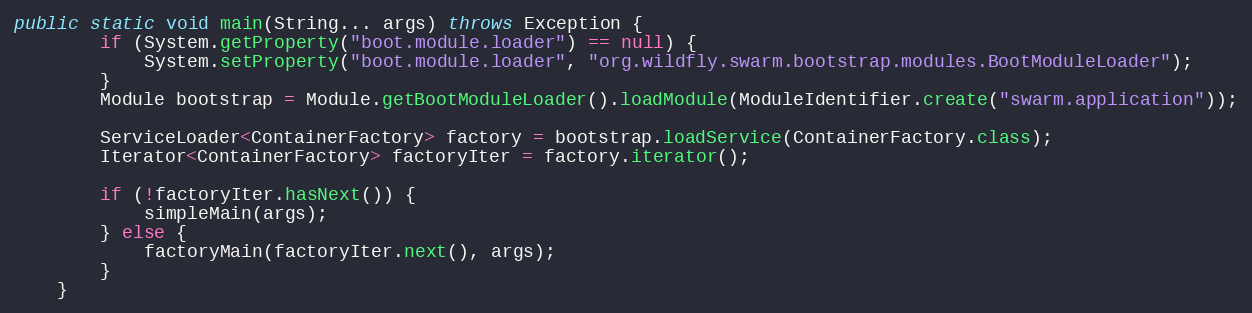
Language: Java
public static void main(String... args) throws Exception {
        if (System.getProperty("boot.module.loader") == null) {
            System.setProperty("boot.module.loader", "org.wildfly.swarm.bootstrap.modules.BootModuleLoader");
        }
        Module bootstrap = Module.getBootModuleLoader().loadModule(ModuleIdentifier.create("swarm.application"));

        ServiceLoader<ContainerFactory> factory = bootstrap.loadService(ContainerFactory.class);
        Iterator<ContainerFactory> factoryIter = factory.iterator();

        if (!factoryIter.hasNext()) {
            simpleMain(args);
        } else {
            factoryMain(factoryIter.next(), args);
        }
    }